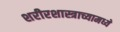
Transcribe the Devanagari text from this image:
शरीरशास्त्राच्यामध्ये